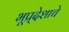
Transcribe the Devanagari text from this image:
भूप्र्देशाचे